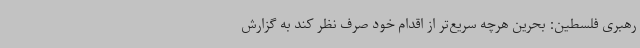
رهبری فلسطین: بحرین هرچه سریع‌تر از اقدام خود صرف نظر کند به گزارش